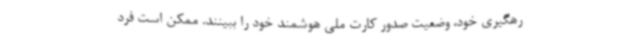
رهگیری خود، وضعیت صدور کارت ملی هوشمند خود را ببینند. ممکن است فرد